Madras plague regulations in force outside the Presidency town - Volume 3
Disease focus: Plague
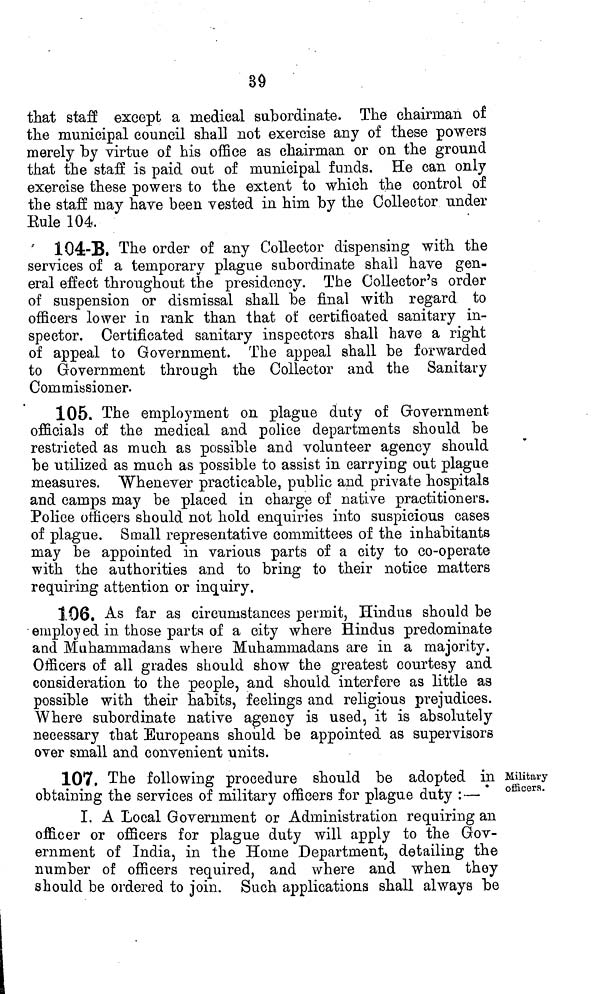
39
that staff except a medical subordinate. The chairman of
the municipal council shall not exercise any of these powers
merely by virtue of his office as chairman or on the ground
that the staff is paid out of municipal funds. He can only
exercise these powers to the extent to which the control of
the staff may have been vested in him by the Collector under
Eule 104.
104-B. The order of any Collector dispensing with the
services of a temporary plague subordinate shall have gen-
eral effect throughout the presidency. The Collector's order
of suspension or dismissal shall be final with regard to
officers lower in rank than that of certificated sanitary in-
spector. Certificated sanitary inspectors shall have a right
of appeal to Government. The appeal shall be forwarded
to Government through the Collector and the Sanitary
Commissioner.
105. The employment on plague duty of Government
officials of the medical and police departments should be
restricted as much as possible and volunteer agency should
be utilized as much as possible to assist in carrying out plague
measures. Whenever practicable, public and private hospitals
and camps may be placed in charge of native practitioners.
Police officers should not hold enquiries into suspicious cases
of plague. Small representative committees of the inhabitants
may be appointed in various parts of a city to co-operate
with the authorities and to bring to their notice matters
requiring attention or inquiry.
106. As far as circumstances permit, Hindus should be
employed in those parts of a city where Hindus predominate
and Muhammadans where Muhammadans are in a majority.
Officers of all grades should show the greatest courtesy and
consideration to the people, and should interfere as little as
possible with their habits, feelings and religious prejudices.
Where subordinate native agency is used, it is absolutely
necessary that Europeans should be appointed as supervisors
over small and convenient units.
Militar'y
officers.
107. The following procedure should be adopted in
obtaining the services of military officers for plague duty :—
I. A Local Government or Administration requiring an
officer or officers for plague duty will apply to the Gov-
ernment of India, in the Home Department, detailing the
number of officers required, and where and when, they
should be ordered to join. Such applications shall always be